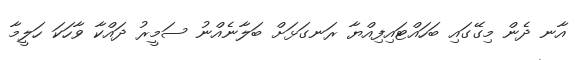
އާނ ދެން މިގޭގައި ބަހައްޓައިފިއްޔާ ރަނގަޅަށް ބަލާނެއްނު ސަމީރު ދައްކާ ވާހަކަ ހަލީމާ